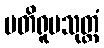
ပတိရူပသုတ္တံ